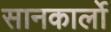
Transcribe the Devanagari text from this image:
सानकार्लो